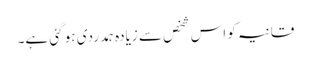
قانیہ کو اس شخص سے زیادہ ہمدردی ہو گئی ہے۔